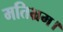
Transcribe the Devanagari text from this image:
मतिभ्रम।